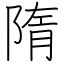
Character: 隋